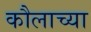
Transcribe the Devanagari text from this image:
कौलाच्या